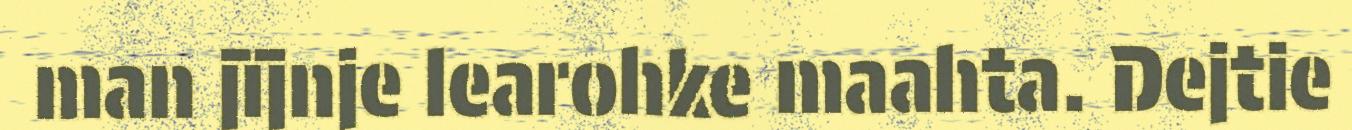
man jïjnje learohke maahta. Dejtie